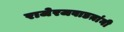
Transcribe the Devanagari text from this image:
राजेरजवाडय़ांनी